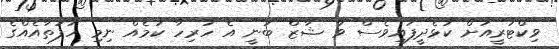
ވިކްޓަރީއަށް ކުޅެދީފައިވެސް ވާ ޝާޒް ބުނީ އެ ހުރިހާ ކަމެއް ނިމި ހަފުތާއެއްގެ